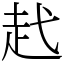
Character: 䞖